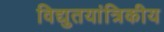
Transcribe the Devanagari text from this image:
विद्युतयांत्रिकीय